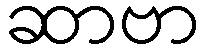
ဆာဗာ